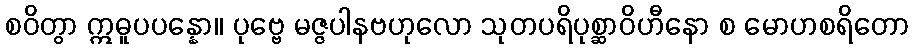
စဝိတွာ ဣဓူပပန္နော။ ပုဗ္ဗေ မဇ္ဇပါနဗဟုလော သုတပရိပုစ္ဆာဝိဟီနော စ မောဟစရိတော